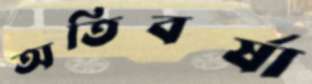
অতিবর্ষা